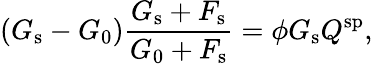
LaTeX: (G_{\mathrm{s}}-G_{0})\frac{G_{\mathrm{s}}+F_{\mathrm{s}}}{G_{0}+F_{\mathrm{s}}}=\phi G_{\mathrm{s}}Q^{\mathrm{sp}},